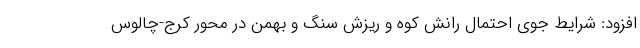
افزود: شرایط جوی احتمال رانش کوه و ریزش سنگ و بهمن در محور کرج-چالوس